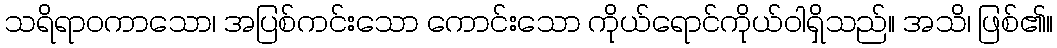
သရိရာဝကာသော၊ အပြစ်ကင်းသော ကောင်းသော ကိုယ်ရောင်ကိုယ်ဝါရှိသည်။ အသိ၊ ဖြစ်၏။